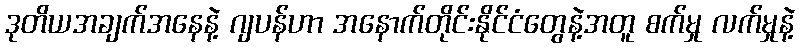
ဒုတိယအချက်အနေနဲ့ ဂျပန်ဟာ အနောက်တိုင်းနိုင်ငံတွေနဲ့အတူ စက်မှု လက်မှုနဲ့